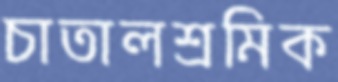
চাতালশ্রমিক